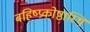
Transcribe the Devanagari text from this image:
बहिष्प्रकोष्ठास्थि